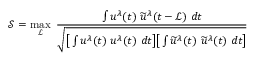
\mathcal { S } = \operatorname* { m a x } _ { \mathcal { L } } ~ \frac { \int u ^ { \lambda } ( t ) ~ \widetilde { u } ^ { \lambda } ( t - \mathcal { L } ) ~ d t } { \sqrt { \big [ \int u ^ { \lambda } ( t ) ~ { u } ^ { \lambda } ( t ) ~ d t \big ] \big [ \int \widetilde { u } ^ { \lambda } ( t ) ~ \widetilde { u } ^ { \lambda } ( t ) ~ d t \big ] } }